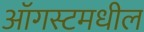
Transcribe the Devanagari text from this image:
ऑगस्टमधील